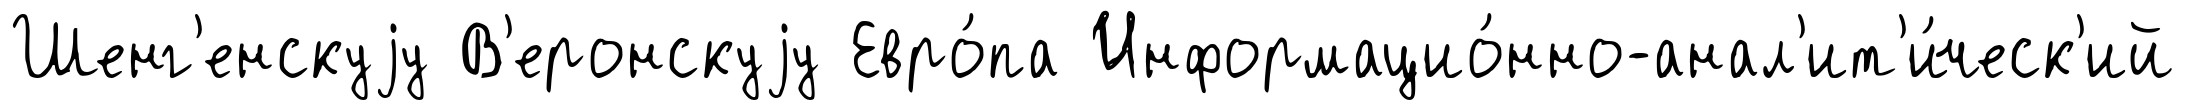
Шенг'енскуjу В'еронскуjу Евро́па Информацио́нно-анал'ит'и́ческ'ий